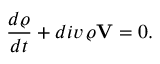
\frac { d \varrho } { d t } + d i v \, \varrho { \bf V } = 0 .